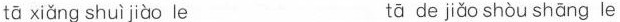
tā xiǎng shuì jiào le tā de jiǎo shòu shāng le